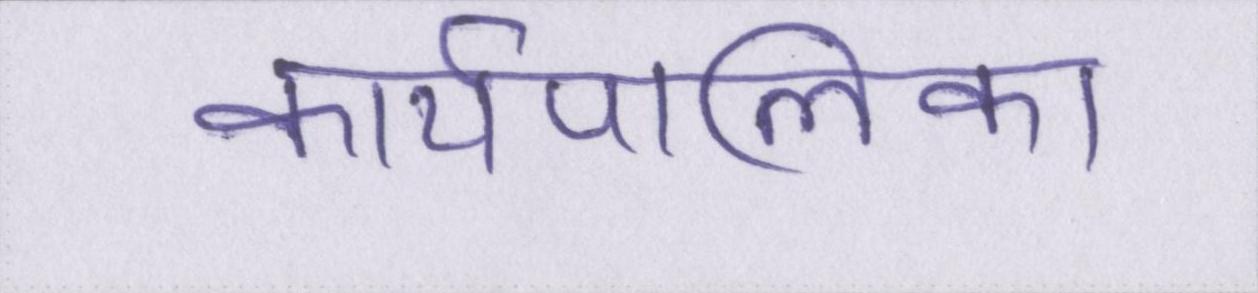
कार्यपालिका